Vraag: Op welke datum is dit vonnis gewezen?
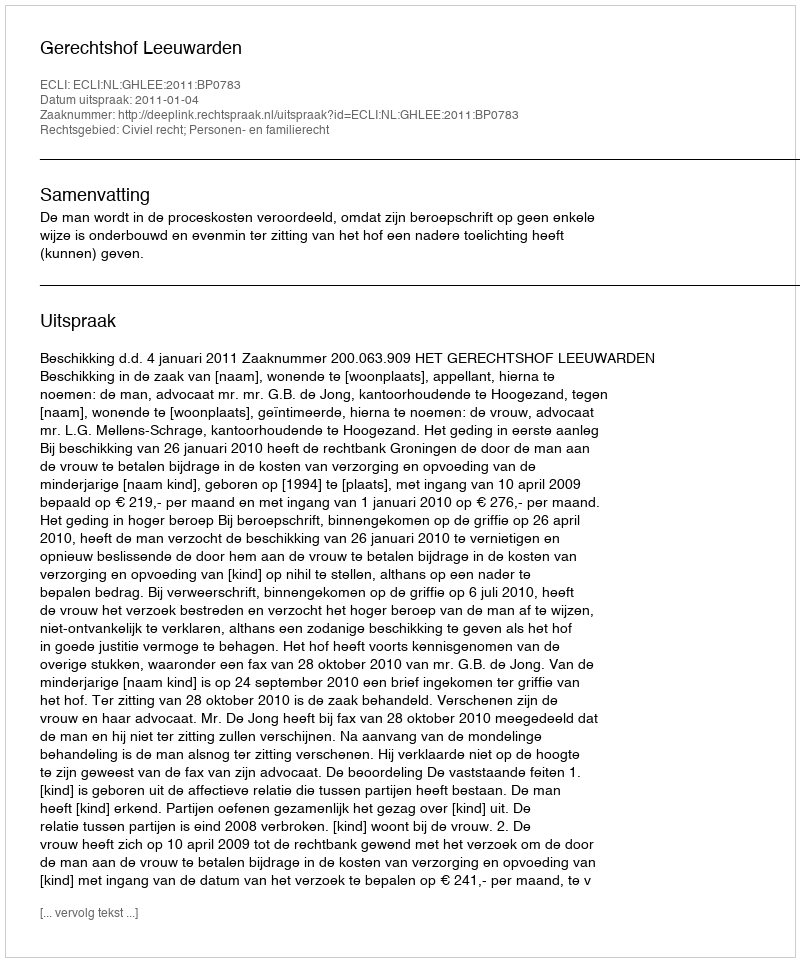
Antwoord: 2011-01-04